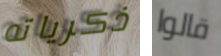
ذكرياته قالوا